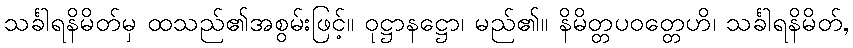
သင်္ခါရနိမိတ်မှ ထသည်၏အစွမ်းဖြင့်။ ဝုဋ္ဌာနဋ္ဌော၊ မည်၏။ နိမိတ္တပဝတ္တေဟိ၊ သင်္ခါရနိမိတ်,